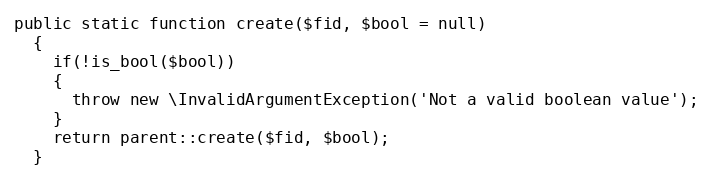
Language: PHP
public static function create($fid, $bool = null)
  {
    if(!is_bool($bool))
    {
      throw new \InvalidArgumentException('Not a valid boolean value');
    }
    return parent::create($fid, $bool);
  }